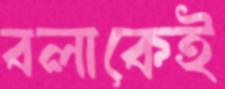
বলাকেই